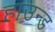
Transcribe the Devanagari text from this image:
हाउन्ड